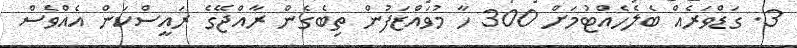
3. ގަޑްވަރެއް ބެލެހެއްޓުމަށް 300 ހާ މުވައްޒަފުން ތިބެގެން ރާއްޖޭގެ ރައީސްކަން އެއްވެސް